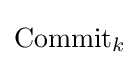
{\text{Commit}}_{k}